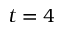
t = 4